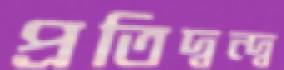
প্রতিদ্বন্দ্ব